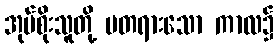
အုပ်စိုးသူတို့ မတရားသော ကာလ၌